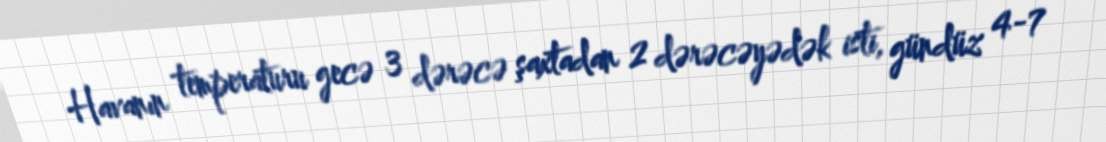
Havanın temperaturu gecə 3 dərəcə şaxtadan 2 dərəcəyədək isti, gündüz 4-7